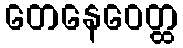
တေနေဝေတ္ထ